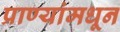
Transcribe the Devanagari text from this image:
प्राण्यांमधून